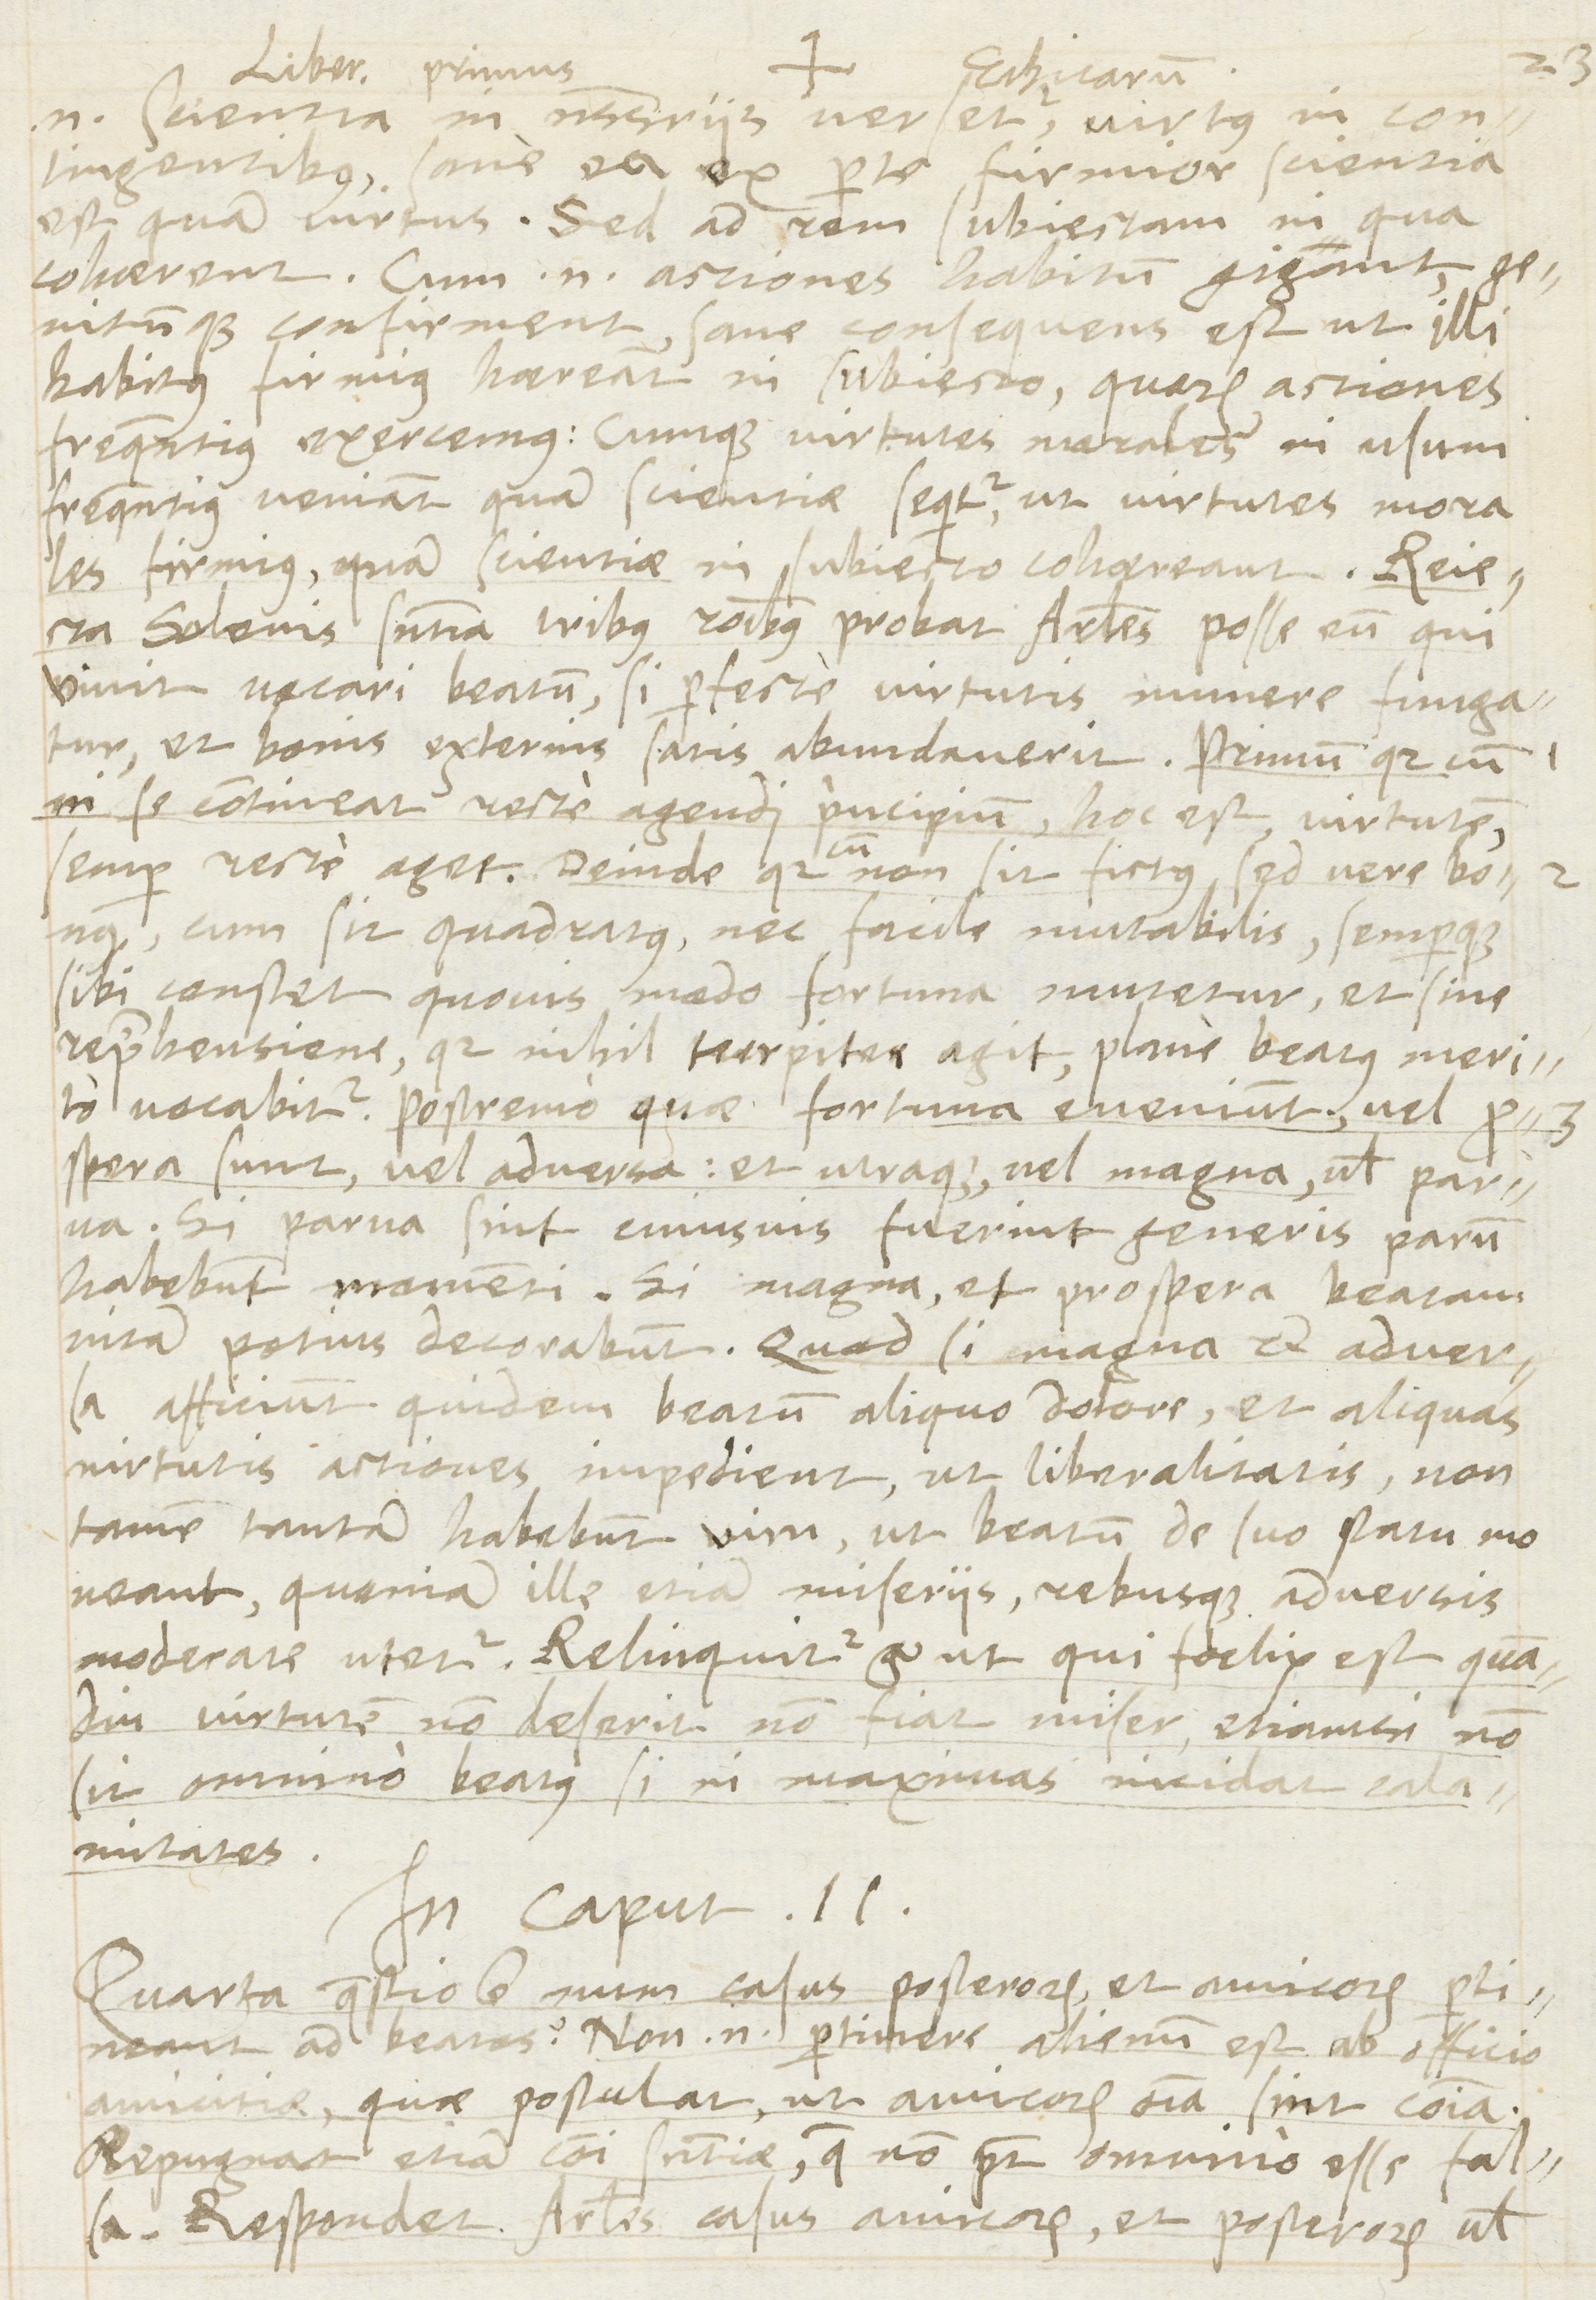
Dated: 1566–1566